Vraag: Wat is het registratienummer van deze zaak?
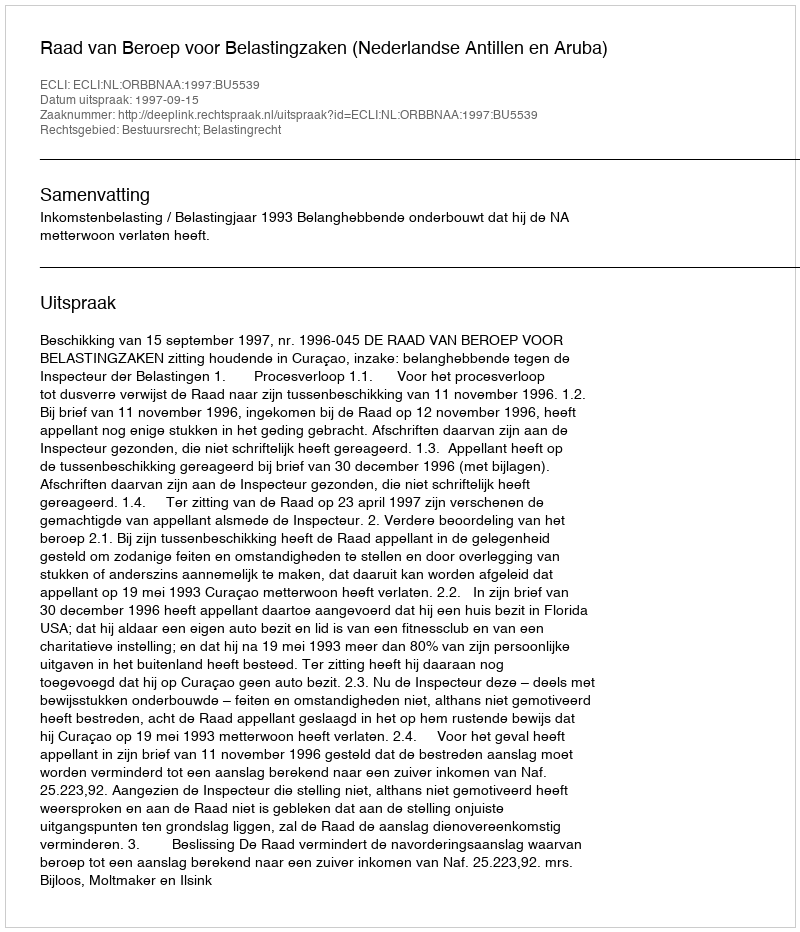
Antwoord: http://deeplink.rechtspraak.nl/uitspraak?id=ECLI:NL:ORBBNAA:1997:BU5539